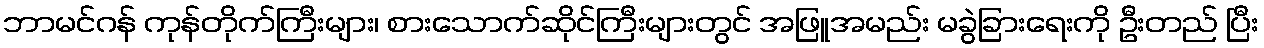
ဘာမင်ဂန် ကုန်တိုက်ကြီးများ၊ စားသောက်ဆိုင်ကြီးများတွင် အဖြူအမည်း မခွဲခြားရေးကို ဦးတည် ပြီး